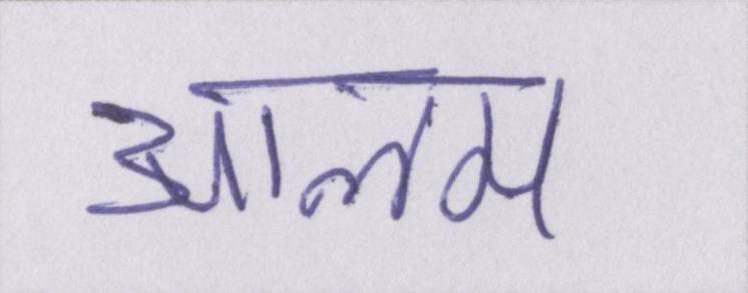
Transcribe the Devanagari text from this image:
आलम